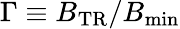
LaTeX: \Gamma\equiv B_{\mathrm{TR}}/B_{\mathrm{min}}